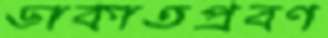
ডাকাতপ্রবণ